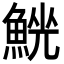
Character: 𩸟